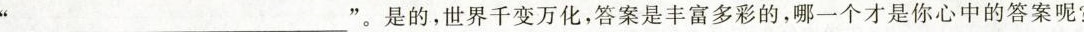
____________”。是的，世界千变万化，答案是丰富多彩的，哪一个才是你心中的答案呢？